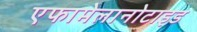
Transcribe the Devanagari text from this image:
एफामेलानोटाइड